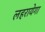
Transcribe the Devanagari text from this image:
लहरायेगा